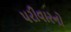
પરીવારનો